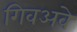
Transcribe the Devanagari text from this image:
गिवअवे